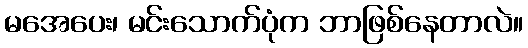
မအေပေး၊ မင်းသောက်ပုံက ဘာဖြစ်နေတာလဲ။